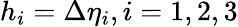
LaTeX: h_{i}=\Delta\eta_{i},i=1,2,3